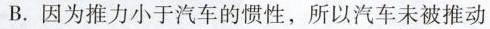
B.因为推力小于汽车的惯性，所以汽车未被推动